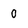
Character: O